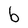
Character: b